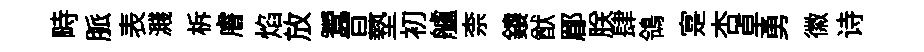
畤脈表濺柝𥈠焰放鬻亘墊初艫柰鏤猷郿朕肆鴒寔杏卓勇徽诗